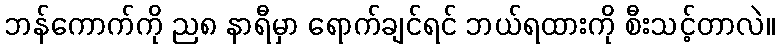
ဘန်ကောက်ကို ည၈ နာရီမှာ ရောက်ချင်ရင် ဘယ်ရထားကို စီးသင့်တာလဲ။